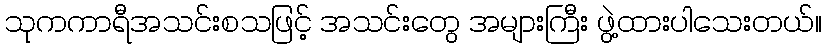
သုကကာရီအသင်းစသဖြင့် အသင်းတွေ အများကြီး ဖွဲ့ထားပါသေးတယ်။